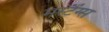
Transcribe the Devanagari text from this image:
मस्टैंग्स